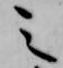
之